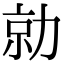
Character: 勍